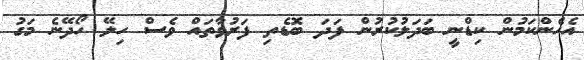
އެހެންކަމުން ކިޑްނީ ބަދަލުކުރުން ފަދަ ބޮޑެތި ފަރުވާތައް ވެސް ހިލޭ ހޯދޭނެ މަގު